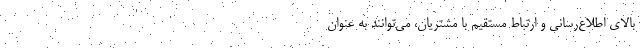
بالای اطلاع‌رسانی و ارتباط مستقیم با مشتریان، می‌توانند به عنوان